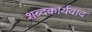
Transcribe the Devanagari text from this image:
शब्दकार्यवाद